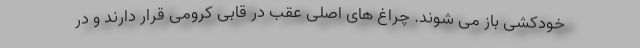
خودکشی باز می شوند. چراغ های اصلی عقب در قابی کرومی قرار دارند و در